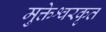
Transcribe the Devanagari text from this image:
मुक्तेश्वरकृत